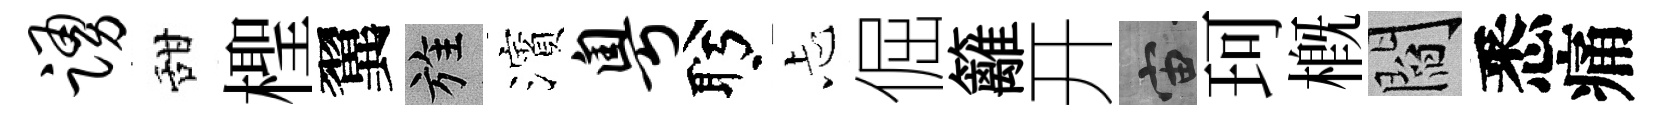
踊甜檉翼旌濱粤盻忐倔籬开宙珂槪閻悉痛